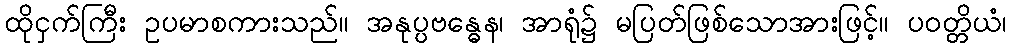
ထိုငှက်ကြီး ဥပမာစကားသည်။ အနုပ္ပဗန္ဓေန၊ အာရုံ၌ မပြတ်ဖြစ်သောအားဖြင့်။ ပဝတ္တိယံ၊